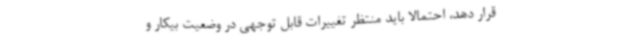
قرار دهد، احتمالا باید منتظر تغییرات قابل توجهی در وضعیت بیکار و